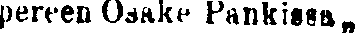
pereen Osake Pankissa„